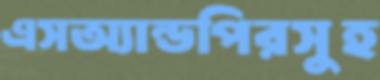
এসঅ্যান্ডপিরসুহ